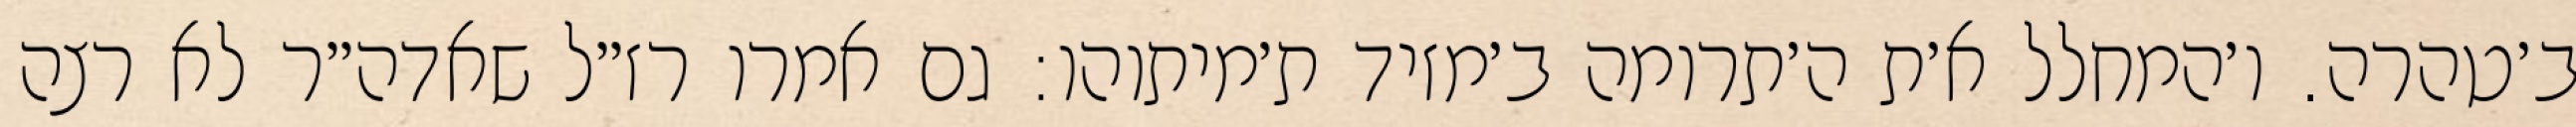
ב׳טהרה. ו׳המחלל א׳ת ה׳תרומה ב׳מזיד ת׳מיתוהו: גם אמרו רז״ל שאדה״ר לא רצה